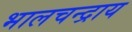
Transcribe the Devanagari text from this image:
भालचन्द्राय